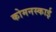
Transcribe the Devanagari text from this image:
कोमनस्काई